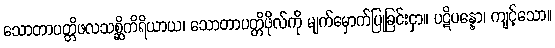
သောတာပတ္တိဖလသစ္ဆိကိရိယာယ၊ သောတာပတ္တိဖိုလ်ကို မျက်မှောက်ပြုခြင်းငှာ။ ပဋိပန္နော၊ ကျင့်သော။